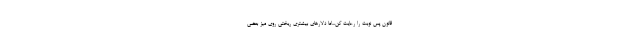
قانون پس نوبت را رعایت کن...اما دلارهای بیشتری ریختی روی میز بعضی